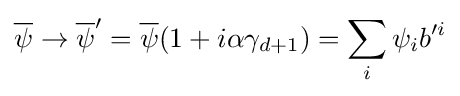
{\overline {\psi }}\to {\overline {\psi }}^{\prime }={\overline {\psi }}(1+i\alpha \gamma _{d+1})=\sum \limits _{i}\psi _{i}b^{\prime i}